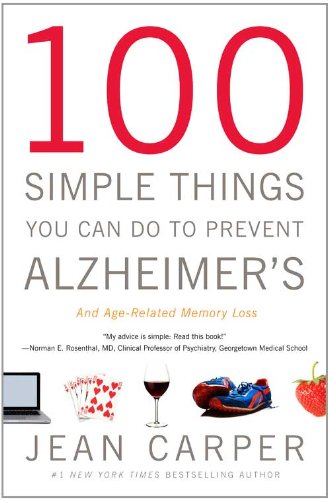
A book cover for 100 Simple Things You Can Do to Prevent Alzheimer's and Age-Related Memory Loss; Jean Carper; Self-Help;